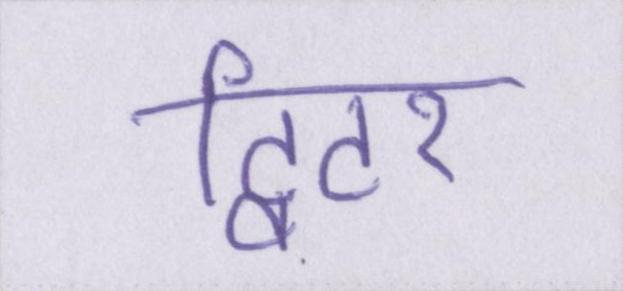
ट्विटर